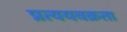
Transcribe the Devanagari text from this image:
प्रत्ययवक्रता